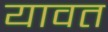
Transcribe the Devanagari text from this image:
यावत